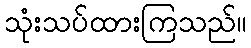
သုံးသပ်ထားကြသည်။